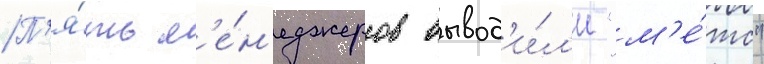
П'я́ть м'е́н'еджеров вывод'и́л'и "м'е́тс"